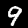
Digit: 9